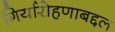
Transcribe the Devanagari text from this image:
गिर्यारोहणाबद्दल